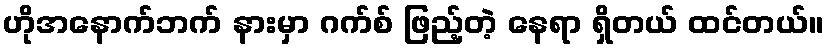
ဟိုအနောက်ဘက် နားမှာ ဂက်စ် ဖြည့်တဲ့ နေရာ ရှိတယ် ထင်တယ်။